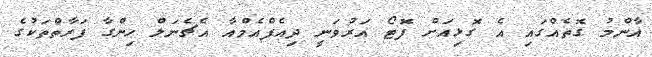
އާންމު ގޮތެއްގައި އެ ގޮޅިއަށް ފޮޓޯ އަރުވަނީ ދިއެފްއެމްއާ އެޗެނަލް ހިންގާ ފަރާތްތަކުގެ